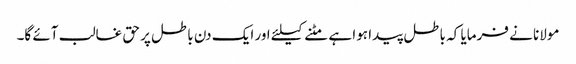
مولانا نے فرمایا کہ باطل پیدا ہوا ہے مٹنے کیلئے اور ایک دن باطل پر حق غالب آئے گا۔